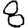
Digit: 8